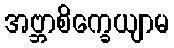
အဗ္ဘာစိက္ခေယျာမ